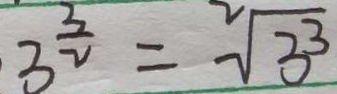
3 ^ { \frac { 3 } { 2 } } = \sqrt [ 2 ] { 3 ^ { 3 } }